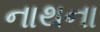
નાથના